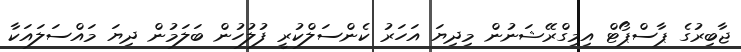
ޖާބިރުގެ ޕާސްޕޯޓް އިމިގްރޭޝަނުން މިދިޔަ އަހަރު ކެންސަލްކުރީ ފުލުހުން ބަލަމުން ދިޔަ މައްސަލައަކާ